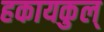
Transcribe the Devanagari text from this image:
हकायकुल्